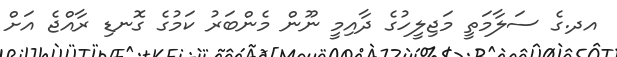
އދ.ގެ ސަލާމަތީ މަޖިލީހުގެ ދާއިމީ ނޫން މެންބަރު ކަމުގެ ގޮނޑި ރާއްޖެ އަށް